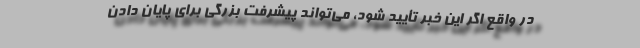
در واقع اگر این خبر تأیید شود، می‌تواند پیشرفت بزرگی برای پایان دادن